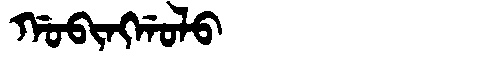
Manchu: ᡤᠣᠪᡳᠩᡤᠣᠯᠣ
Romanization: GOBINGGOLO